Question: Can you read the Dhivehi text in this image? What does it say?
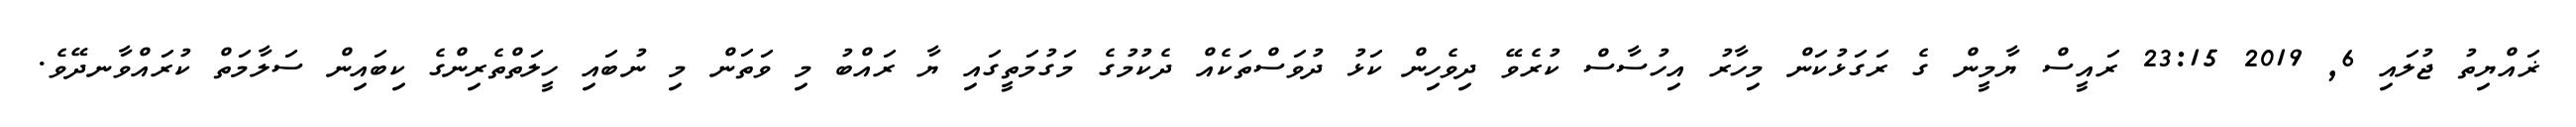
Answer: ޜައްޔިތު ޖުލައި 6, 2019 23:15 ރައީސް ޔާމީން ގެ ރަގަޅުކަން މިހާރު އިހުސާސް ކުރެވޭ ދިވެހިން ކަޅު ދުވަސްތަކެއް ދެކުމުގެ މަގުމަތީގައި ޔާ ރައްބު މި ވަތަން މި ނުބައި ހީލަތްތެރިންގެ ކިބައިން ސަލާމަތް ކުރައްވާނދޭވެ.